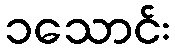
၁သောင်း